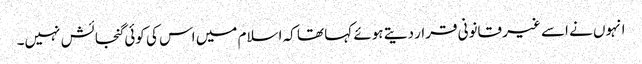
انہوں نے اسے غیر قانونی قرار دیتے ہوئے کہا تھا کہ اسلام میں اس کی کوئی گنجائش نہیں۔